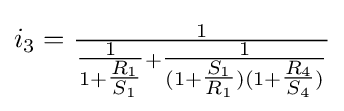
i_{3}={\tfrac {1}{{\tfrac {1}{1+{\tfrac {R_{1}}{S_{1}}}}}+{\tfrac {1}{(1+{\tfrac {S_{1}}{R_{1}}})(1+{\tfrac {R_{4}}{S_{4}}})}}}}